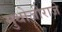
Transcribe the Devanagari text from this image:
मुधोजीराजे